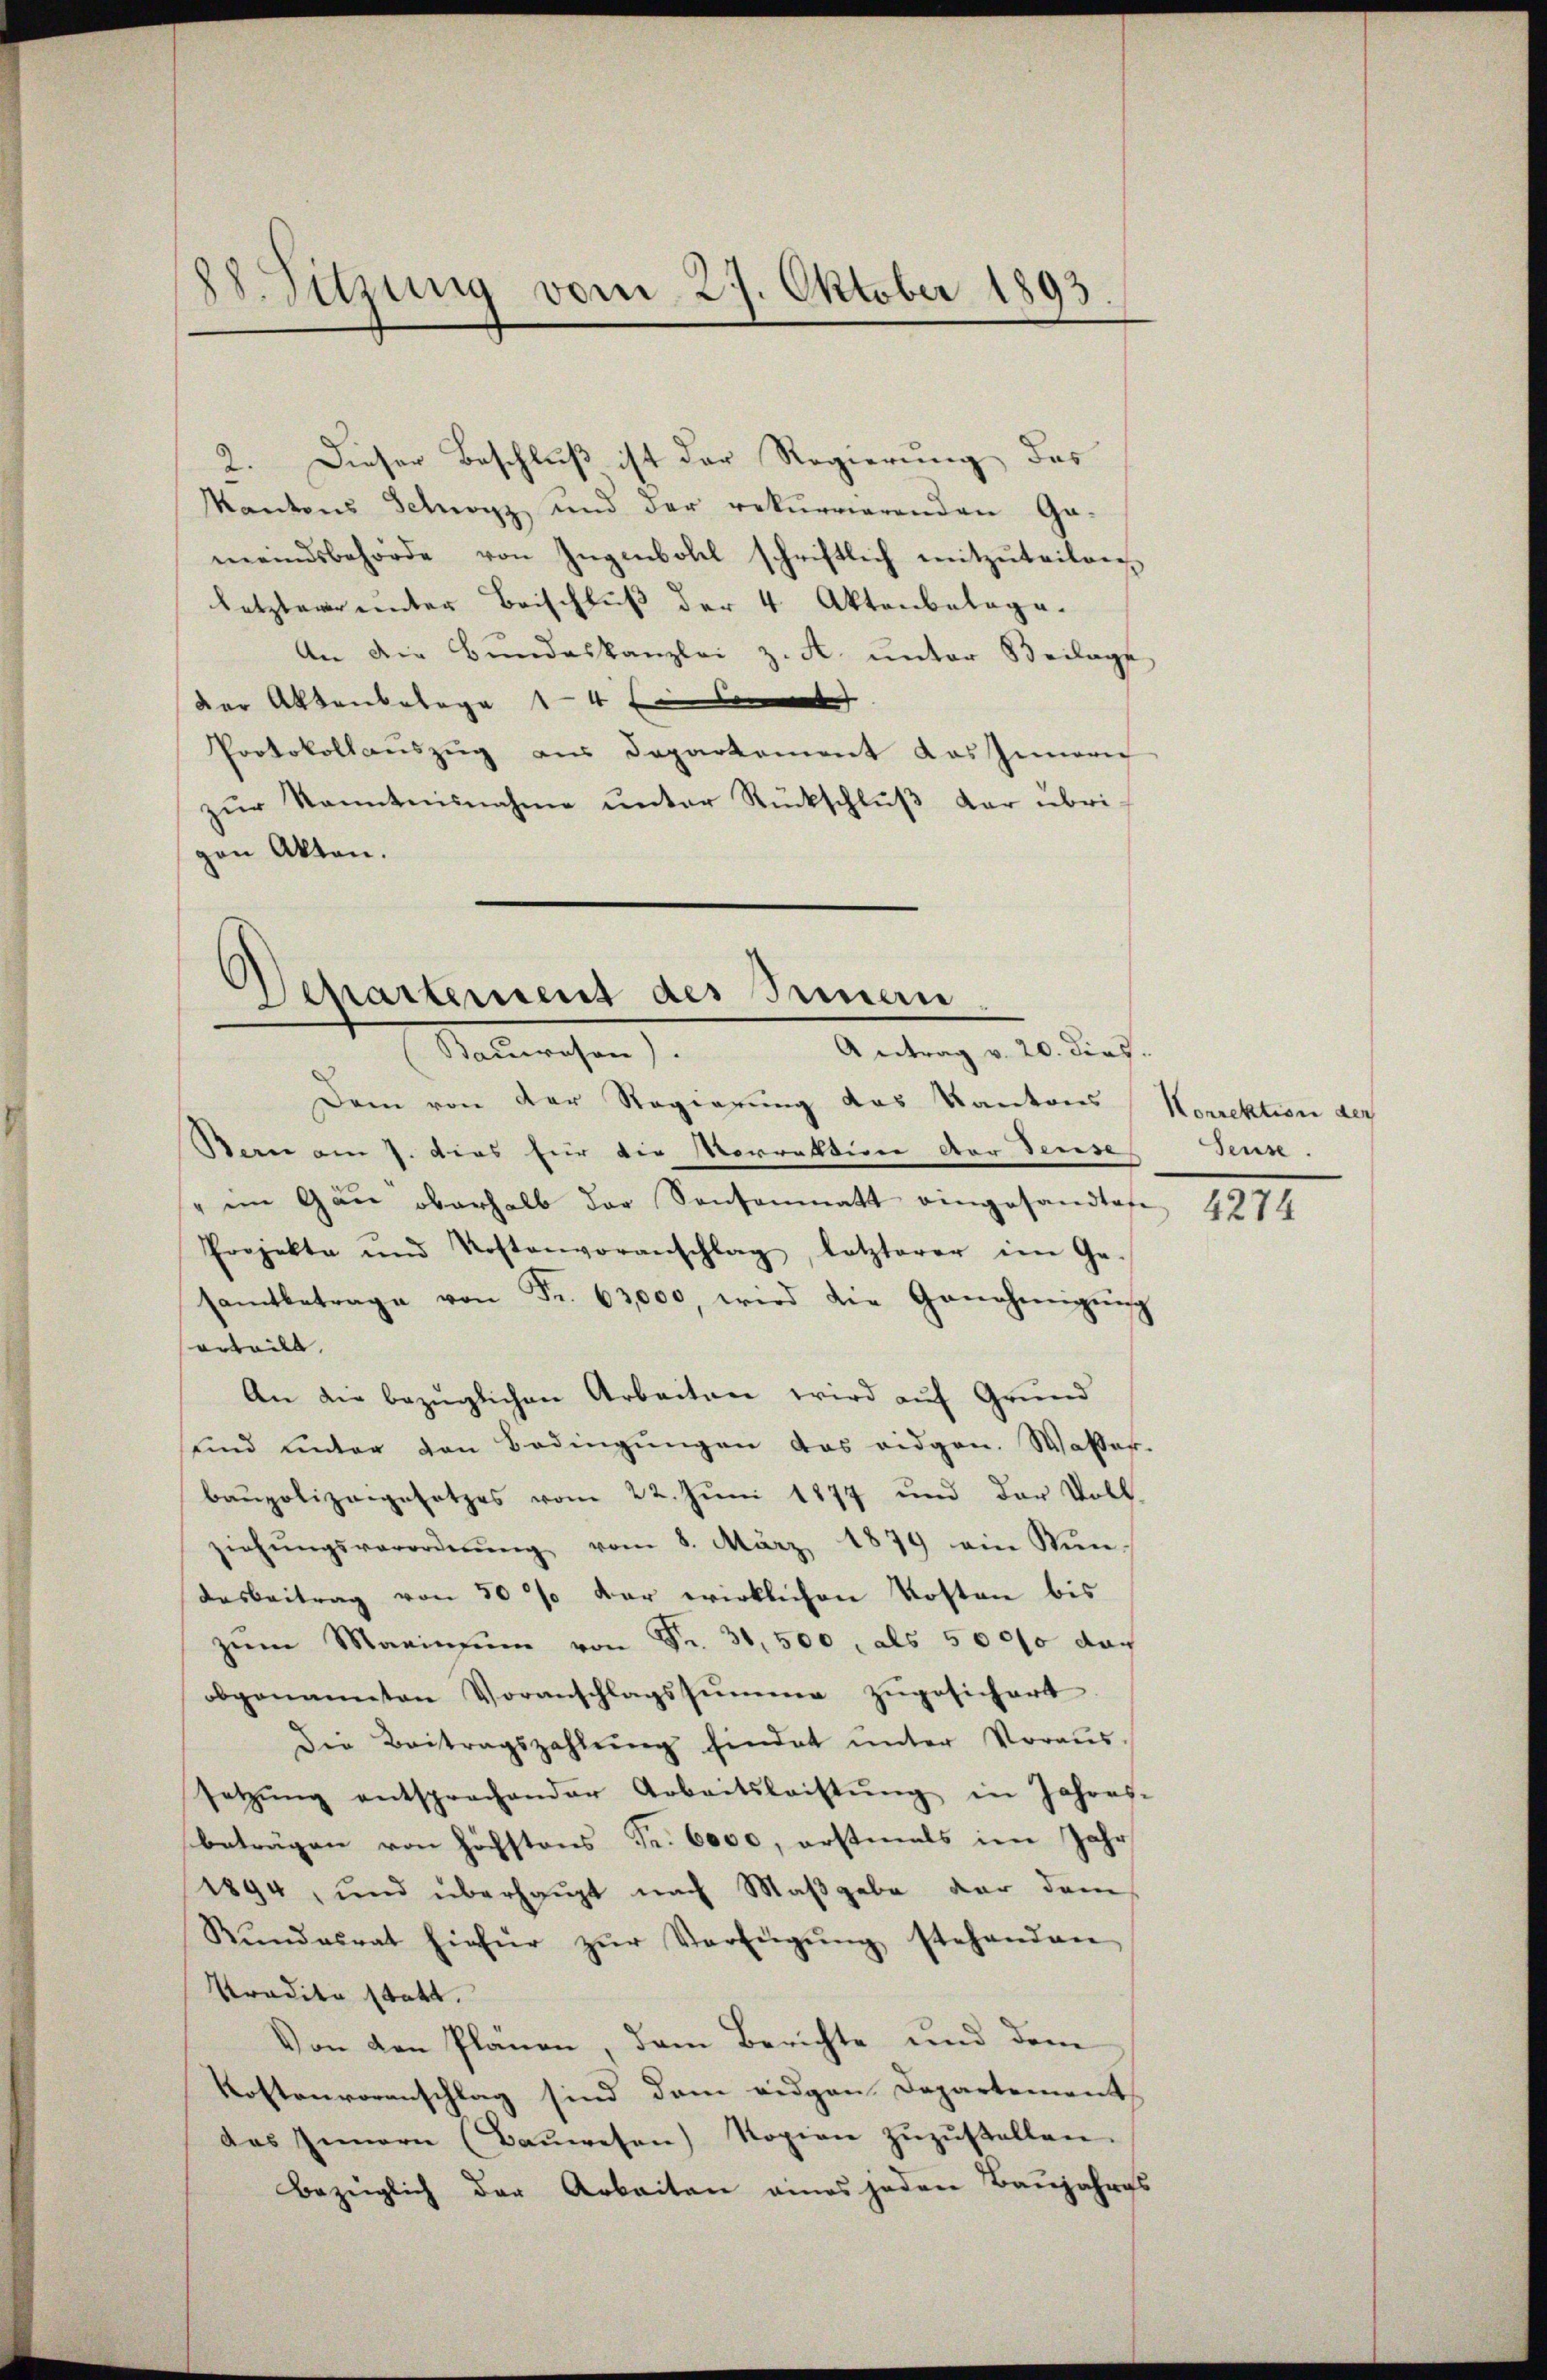
88. Sitzung vom 27. Oktober 1893

2. Dieser Beschluß ist der Regierung des
Kantons Schwarz und der rekurrierenden Ga-
meindsbehörde von Ingenbohl schriftlich mitzŭteilen
letzterer unter Beischluß der 4 Aktenbelage.
An die Bŭndeskanzlei z. A. ŭnter Beilage
der Aktenbelage 14 ten kommt
Protokollaŭszŭg aŭs Departement das Innern
zŭr Kenntnisnahme unter Rückschlŭβ der übrigen Akten.

Departement des Innen
Sauwesen)
Antrag v. 20. dies.

Dem von der Regierung das Kantons Korrektion der
Bern am 7. dies für die Vorrattin der Sense
" im Gan oberhalb der Santenmatt eingesandtes 4274
Projekte und Kostenvoranschlag, letzterer im Ge-
samtbetrage von Fr. 63,000, wird die Genehmigŭng
sorteilt. |
An die bezüglichen Arbeiten wird auf Grund
sind unter den Bedingungen das eidgen. Wasser-
baupolizeigesetzes vom 22. Juni 1877 und der Voll-
ziehŭngsverordnŭng vom 8. März 1879 ein Mün-
desbeitrag von 50 % der wirklichen Kosten bis
zŭm Marinsum von Fr. 31,500, als 50000 das
obgenannten Voranschlagssŭmme zŭgesichert.
Die Beitragszahlŭng hindet ŭnter Voraus-
setzŭng entsprechender Arbeitsleistŭng in Jahres-
beträgen von höchstens Fr. 6000, erstmals im Jahr
1894, und überhaupt nach Maβgabe der dem
Rŭndesrat hiefür zŭr Verfügŭng stehenden
Pradita statt.
Von den Plänen, dem Berichte und dem
Kostenvoranschlag sind dem eidgen Departement
das Innern (Baŭwesen) Kopien zŭzŭstellen.
Bezeiglich der Arbeiten eines jeden Baujahres

Seuse.